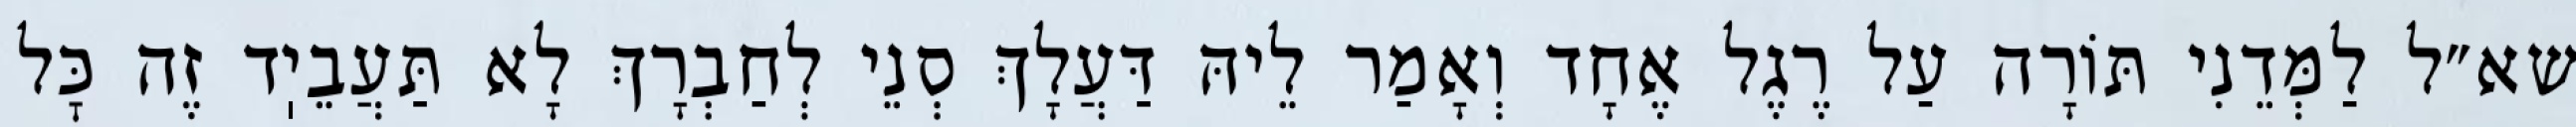
שא״ל לַמְּדֵנִי תּוֹרָה עַל רֶגֶל אֶחָד וְאָמַר לֵיהּ דַּעֲלָךְ סְנֵי לְחַבְרָךְ לָא תַּעֲבֵיֽד זֶה כׇּל